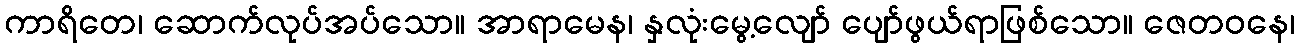
ကာရိတေ၊ ဆောက်လုပ်အပ်သော။ အာရာမေန၊ နှလုံးမွေ့လျော် ပျော်ဖွယ်ရာဖြစ်သော။ ဇေတဝနေ၊